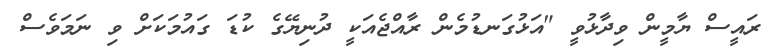
ރައީސް ޔާމީން ވިދާޅުވީ "އަޅުގަނޑުމެން ރާއްޖެއަކީ ދުނިޔޭގެ ކުޑަ ގައުމަކަށް ވި ނަމަވެސް